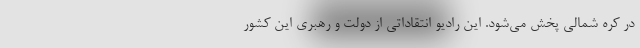
در کره شمالی پخش می‌شود. این رادیو انتقاداتی از دولت و رهبری این کشور